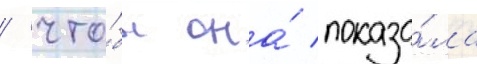
/ что́бы она́ показа́ла